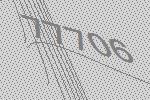
77706